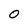
Character: 0